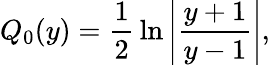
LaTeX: Q_{0}(y)={\frac{1}{2}}\ln\left|{\frac{y+1}{y-1}}\right|,